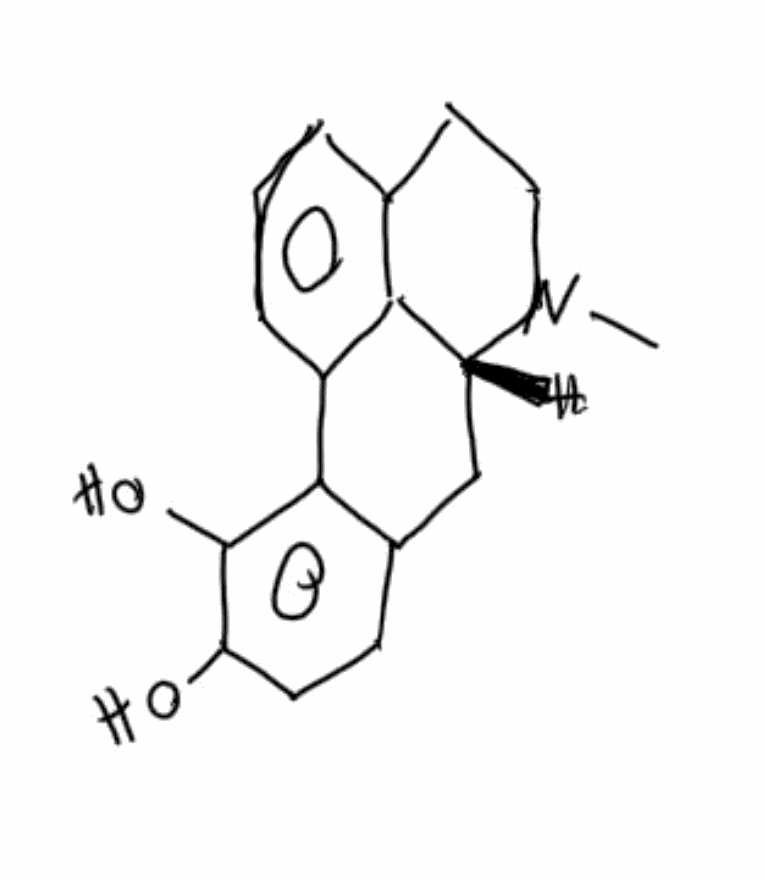
Simplified molecular-input line-entry system (SMILES) notation of the given molecule:
CN1CCC2=C3[C@H]1CC4=C(C3=CC=C2)C(=C(C=C4)O)O